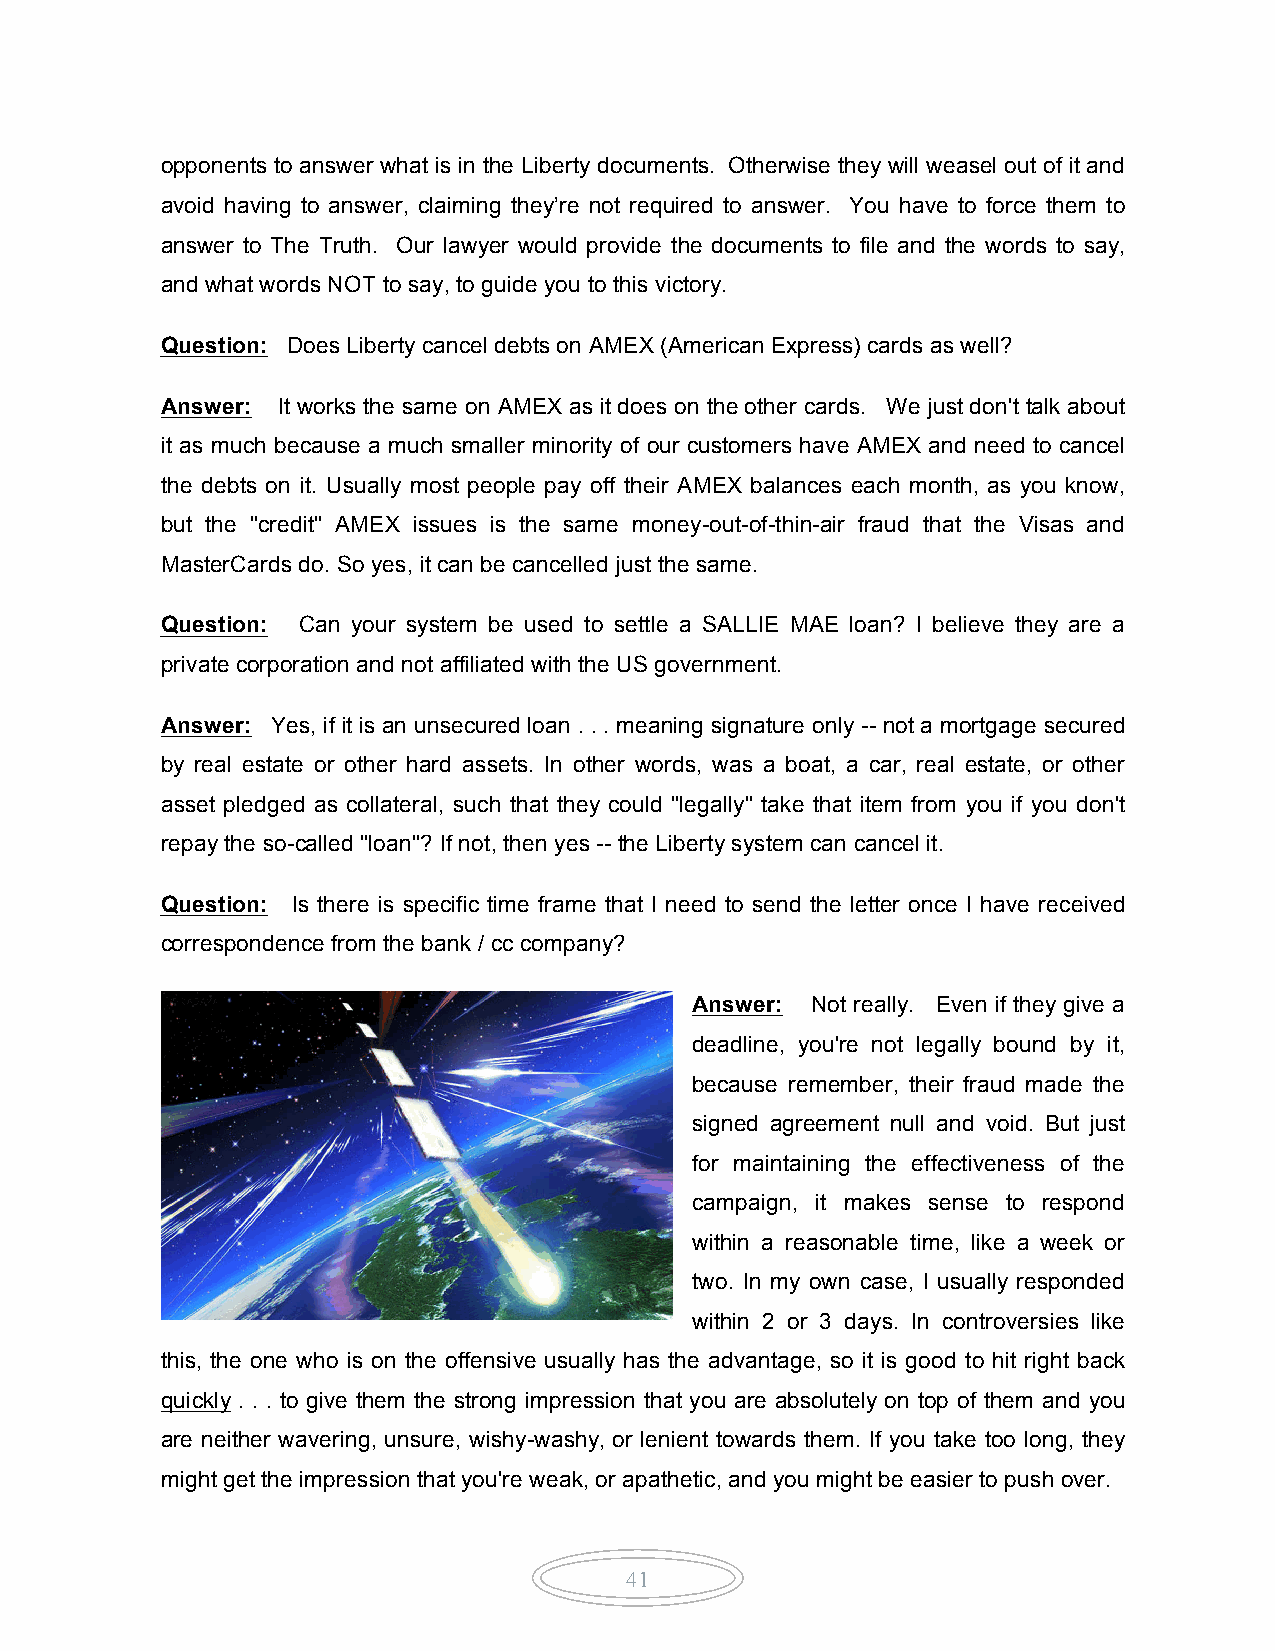
opponents to answer what is in the Liberty documents. Otherwise they will weasel out of it and
 avoid having to answer, claiming they’re not required to answer. You have to force them to
 answer to The Truth. Our lawyer would provide the documents to file and the words to say,
 and what words NOT to say, to guide you to this victory.
 Question: Does Liberty cancel debts on AMEX (American Express) cards as well?
 Answer: It works the same on AMEX as it does on the other cards. We just don't talk about
 it as much because a much smaller minority of our customers have AMEX and need to cancel
 the debts on it. Usually most people pay off their AMEX balances each month, as you know,
 but the "credit" AMEX issues is the same money-out-of-thin-air fraud that the Visas and
 MasterCards do. So yes, it can be cancelled just the same.
 Question: Can your system be used to settle a SALLIE MAE loan? I believe they are a
 private corporation and not affiliated with the US government.
 Answer: Yes, if it is an unsecured loan . . . meaning signature only -- not a mortgage secured
 by real estate or other hard assets. In other words, was a boat, a car, real estate, or other
 asset pledged as collateral, such that they could "legally" take that item from you if you don't
 repay the so-called "loan"? If not, then yes -- the Liberty system can cancel it.
 Question: Is there is specific time frame that I need to send the letter once I have received
 correspondence from the bank / cc company?
 Answer: Not really. Even if they give a
 deadline, you're not legally bound by it,
 because remember, their fraud made the
 signed agreement null and void. But just
 for maintaining the effectiveness of the
 campaign, it makes sense to respond
 within a reasonable time, like a week or
 two. In my own case, I usually responded
 within 2 or 3 days. In controversies like
 this, the one who is on the offensive usually has the advantage, so it is good to hit right back
 quickly . . . to give them the strong impression that you are absolutely on top of them and you
 are neither wavering, unsure, wishy-washy, or lenient towards them. If you take too long, they
 might get the impression that you're weak, or apathetic, and you might be easier to push over.
 41